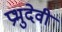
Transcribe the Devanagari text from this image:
प्रभुदेवी